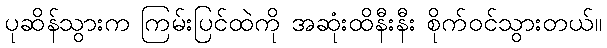
ပုဆိန်သွားက ကြမ်းပြင်ထဲကို အဆုံးထိနီးနီး စိုက်ဝင်သွားတယ်။